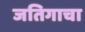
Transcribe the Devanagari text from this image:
जतिगाचा